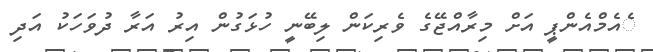
ެއެމްއެންޕީ އަށް މިރާއްޖޭގެ ވެރިކަން ލިބޭނީ ހުޅަގުން އިރު އަރާ ދުވަހަކު އަދި